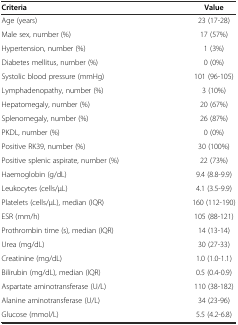
<table><thead><tr><td><b>Criteria</b></td><td><b>Value</b></td></tr></thead><tbody><tr><td>Age (years)</td><td>23 (17-28)</td></tr><tr><td>Male sex, number (%)</td><td>17 (57%)</td></tr><tr><td>Hypertension, number (%)</td><td>1 (3%)</td></tr><tr><td>Diabetes mellitus, number (%)</td><td>0 (0%)</td></tr><tr><td>Systolic blood pressure (mmHg)</td><td>101 (96-105)</td></tr><tr><td>Lymphadenopathy, number (%)</td><td>3 (10%)</td></tr><tr><td>Hepatomegaly, number (%)</td><td>20 (67%)</td></tr><tr><td>Splenomegaly, number (%)</td><td>26 (87%)</td></tr><tr><td>PKDL, number (%)</td><td>0 (0%)</td></tr><tr><td>Positive RK39, number (%)</td><td>30 (100%)</td></tr><tr><td>Positive splenic aspirate, number (%)</td><td>22 (73%)</td></tr><tr><td>Haemoglobin (g/dL)</td><td>9.4 (8.8-9.9)</td></tr><tr><td>Leukocytes (cells/μL)</td><td>4.1 (3.5-9.9)</td></tr><tr><td>Platelets (cells/μL), median (IQR)</td><td>160 (112-190)</td></tr><tr><td>ESR (mm/h)</td><td>105 (88-121)</td></tr><tr><td>Prothrombin time (s), median (IQR)</td><td>14 (13-14)</td></tr><tr><td>Urea (mg/dL)</td><td>30 (27-33)</td></tr><tr><td>Creatinine (mg/dL)</td><td>1.0 (1.0-1.1)</td></tr><tr><td>Bilirubin (mg/dL), median (IQR)</td><td>0.5 (0.4-0.9)</td></tr><tr><td>Aspartate aminotransferase (U/L)</td><td>110 (38-182)</td></tr><tr><td>Alanine aminotransferase (U/L)</td><td>34 (23-96)</td></tr><tr><td>Glucose (mmol/L)</td><td>5.5 (4.2-6.8)</td></tr></tbody></table>